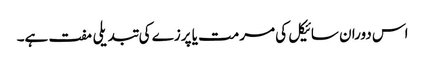
اس دوران سائیکل کی مرمت یا پرزے کی تبدیلی مفت ہے۔